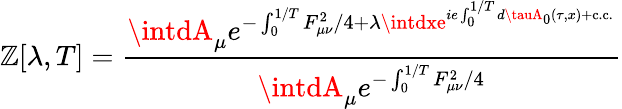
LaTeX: \mathbb{Z}[\lambda,T]=\frac{{\intdA_{\mu}e^{-\int_{0}^{1/T}F_{\mu\nu}^{2}/4+\lambda\intdxe^{ie\int_{0}^{1/T}d\tauA_{0}(\tau,x)+\mathrm{{c.c.}}}}}}{{\intdA_{\mu}e^{-\int_{0}^{1/T}F_{\mu\nu}^{2}/4}}}